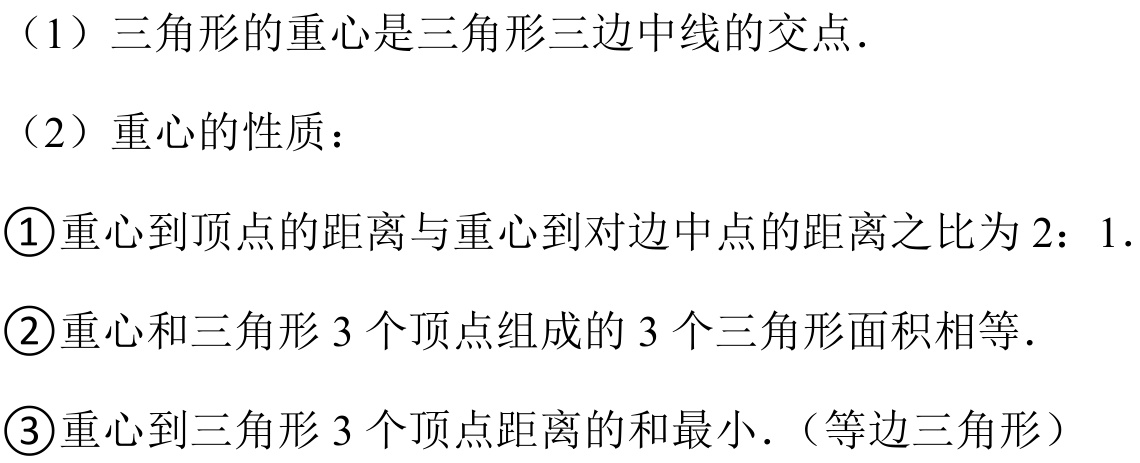
（1）三角形的重心是三角形三边中线的交点.
（2）重心的性质：
\textcircled{1}重心到顶点的距离与重心到对边中点的距离之比为\(2:1\).
\textcircled{2}重心和三角形\(3\)个顶点组成的\(3\)个三角形面积相等.
\textcircled{3}重心到三角形\(3\)个顶点距离的和最小.（等边三角形）